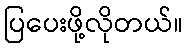
ပြပေးဖို့လိုတယ်။